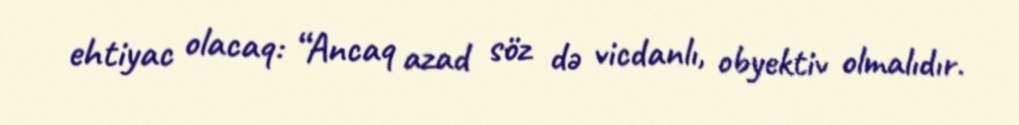
ehtiyac olacaq: “Ancaq azad söz də vicdanlı, obyektiv olmalıdır.